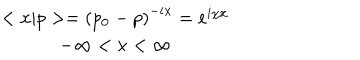
\begin{array} { c } { { < x | p > = \left( p _ { 0 } - p \right) ^ { - i x } = e ^ { i \chi x } } } \\ { { - \infty < x < \infty } } \\ \end{array}